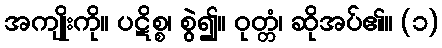
အကျိုးကို။ ပဋိစ္စ၊ စွဲ၍။ ဝုတ္တံ၊ ဆိုအပ်၏။ (၁)